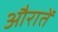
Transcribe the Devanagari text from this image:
औरातें